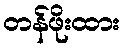
တန်ဖိုးထား